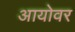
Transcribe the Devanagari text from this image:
आयोवर